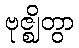
ဗုဇ္ဈိတွာ